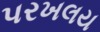
પરખલય